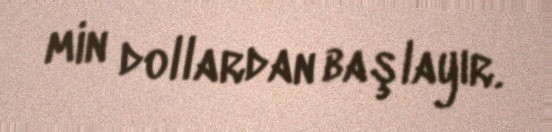
min dollardan başlayır.